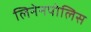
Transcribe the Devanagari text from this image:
लिनेनपोलिस